Insane asylums in Bengal annual reports 1867-1875 - 1867-1875
Year: 1867
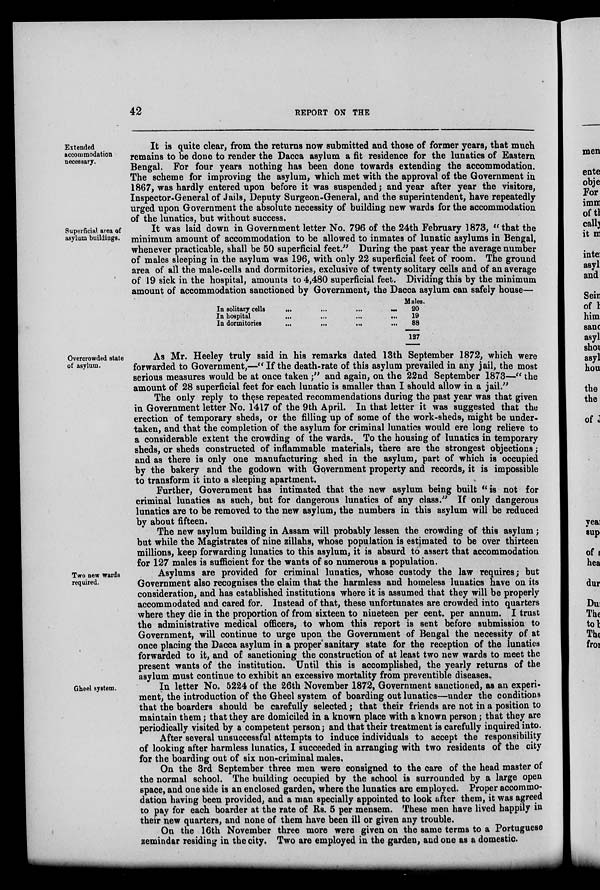
42
REPORT ON THE
Extended
accommodation
necessary.
It is quite clear, from the returns now submitted and those of former years, that much
remains to be done to render the Dacca asylum a fit residence for the lunatics of Eastern
Bengal. For four years nothing has been done towards extending the accommodation.
The scheme for improving the asylum, which met with the approval of the Government in
1867, was hardly entered upon before it was suspended; and year after year the visitors,
Inspector-General of Jails, Deputy Surgeon-General, and the superintendent, have repeatedly
urged upon Government the absolute necessity of building new wards for the accommodation
of the lunatics, but without success.
Superficial area of
asylum buildings.
It was laid down in Government letter No. 796 of the 24th February 1873, "that the
minimum amount of accommodation to be allowed to inmates of lunatic asylums in Bengal,
whenever practicable, shall be 50 superficial feet." During the past year the average number
of males sleeping in the asylum was 196, with only 22 superficial feet of room. The ground
area of all the male-cells and dormitories, exclusive of twenty solitary cells and of an average
of 19 sick in the hospital, amounts to 4,480 superficial feet. Dividing this by the minimum
amount of accommodation sanctioned by Government, the Dacca asylum can safely house—
In solitary cells
... ...
...
...
In hospital
...
... ... ...
In dormitories
... ... ... ...
Males.
20
19
88
127
Overcrowded state
of asylum.
As Mr. Heeley truly said in his remarks dated 13th September 1872, which were
forwarded to Government,—" If the death-rate of this asylum prevailed in any jail, the most
serious measures would be at once taken;" and again, on the 22nd September 1873—" the
amount of 28 superficial feet for each lunatic is smaller than I should allow in a jail."
The only reply to these repeated recommendations during the past year was that given
in Government letter No. 1417 of the 9th April. In that letter it was suggested that the
erection of temporary sheds, or the filling up of some of the work-sheds, might be under-
taken, and that the completion of the asylum for criminal lunatics would ere long relieve to
a considerable extent the crowding of the wards. To the housing of lunatics in temporary
sheds, or sheds constructed of inflammable materials, there are the strongest objections;
and as there is only one manufacturing shed in the asylum, part of which is occupied
by the bakery and the godown with Government property and records, it is impossible
to transform it into a sleeping apartment.
Further, Government has intimated that the new asylum being built "is not for
criminal lunatics as such, but for dangerous lunatics of any class." If only dangerous
lunatics are to be removed to the new asylum, the numbers in this asylum will be reduced
by about fifteen.
The new asylum building in Assam will probably lessen the crowding of this asylum ;
but while the Magistrates of nine zillahs, whose population is estimated to be over thirteen
millions, keep forwarding lunatics to this asylum, it is absurd to assert that accommodation
for 127 males is sufficient for the wants of so numerous a population.
Two new wards
required.
Asylums are provided for criminal lunatics, whose custody the law requires ; but
Government also recognises the claim that the harmless and homeless lunatics have on its
consideration, and has established institutions where it is assumed that they will be properly
accommodated and cared for. Instead of that, these unfortunates are crowded into quarters
where they die in the proportion of from sixteen to nineteen per cent. per annum. I trust
the administrative medical officers, to whom this report is sent before submission to
Government, will continue to urge upon the Government of Bengal the necessity of at
once placing the Dacca asylum in a proper sanitary state for the reception of the lunatics
forwarded to it, and of sanctioning the construction of at least two new wards to meet the
present wants of the institution. Until this is accomplished, the yearly returns of the
asylum must continue to exhibit an excessive mortality from preventible diseases.
Gheel system.
In letter No. 5224 of the 26th November 1872, Government sanctioned, as an experi-
ment, the introduction of the Gheel system of boarding out lunatics—under the conditions
that the boarders should be carefully selected; that their friends are not in a position to
maintain them; that they are domiciled in a known place with a known person; that they are
periodically visited by a competent person; and that their treatment is carefully inquired into.
After several unsuccessful attempts to induce individuals to accept the responsibility
of looking after harmless lunatics, I succeeded in arranging with two residents of the city
for the boarding out of six non-criminal males.
On the 3rd September three men were consigned to the care of the head master of
the normal school. The building occupied by the school is surrounded by a large open
space, and one side is an enclosed garden, where the lunatics are employed. Proper accommo-
dation having been provided, and a man specially appointed to look after them, it was agreed
to pay for each boarder at the rate of Rs. 5 per mensem. These men have lived happily in
their new quarters, and none of them have been ill or given any trouble.
On the 16th November three more were given on the same terms to a Portuguese
zemindar residing in the city. Two are employed in the garden, and one as a domestic.